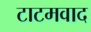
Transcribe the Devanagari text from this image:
टाटमवाद